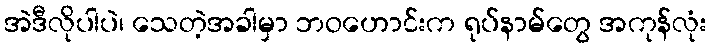
အဲဒီလိုပါပဲ၊ သေတဲ့အခါမှာ ဘဝဟောင်းက ရုပ်နာမ်တွေ အကုန်လုံး